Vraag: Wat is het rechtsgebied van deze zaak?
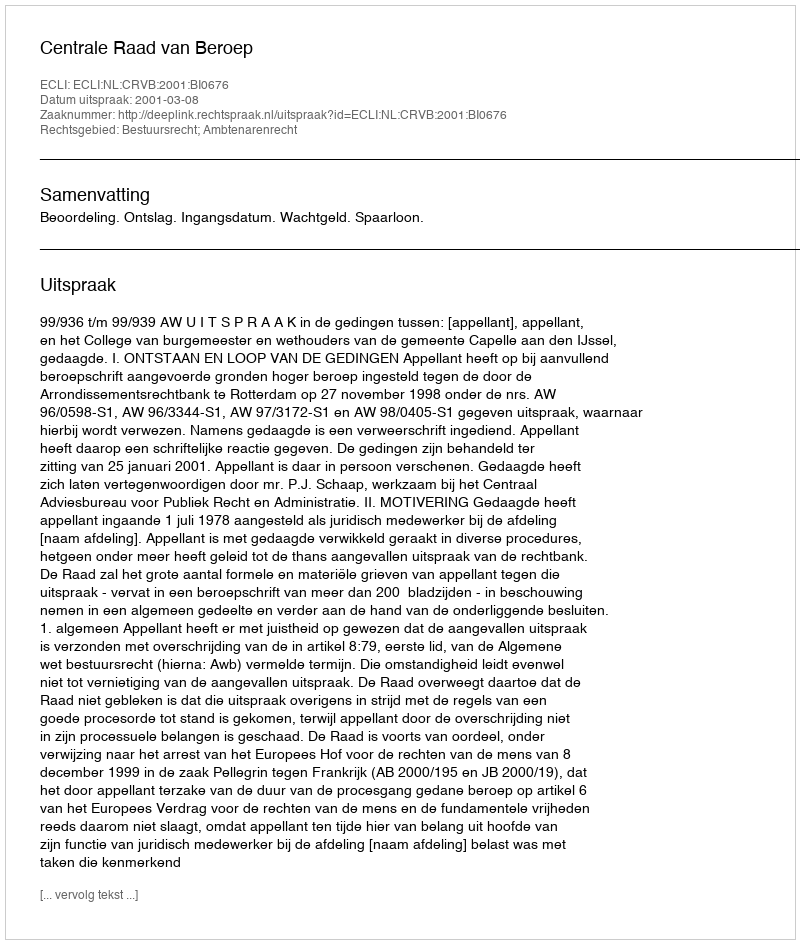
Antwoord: Bestuursrecht; Ambtenarenrecht